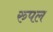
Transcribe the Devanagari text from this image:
रुपल